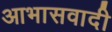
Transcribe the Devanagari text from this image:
आभासवादी